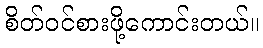
စိတ်ဝင်စားဖို့ကောင်းတယ်။